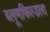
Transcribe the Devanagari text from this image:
ब्लूमफिल्डला